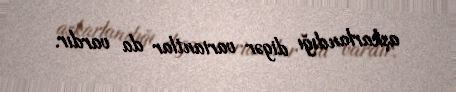
aşkarlandığı digər variantlar da vardır.